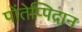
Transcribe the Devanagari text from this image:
पोंतेप्पिदान